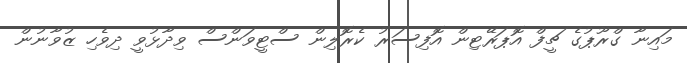
މައިނާ ގްރޫޕުގެ ޗީފް އޮޕަރޭޓިން އޮފިސަރު ކެރޮލިން ސްޓީވަންސް ވިދާޅުވީ ދިވެހި ޒުވާނުން